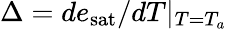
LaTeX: \Delta=de_{\mathrm{sat}}/dT|_{T=T_{a}}